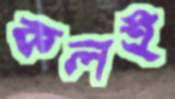
কলই